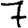
Digit: 7